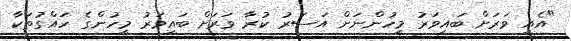
"އެއީ ވަރަށް ބައިވަރު މީހުންނަށް އަސަރު ކުރާ ވަރަށް ބައިވަރު މީހުންގެ ހައްގުތަކާ